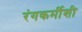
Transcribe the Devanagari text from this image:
रंगकर्मीशी